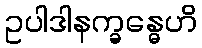
ဥပါဒါနက္ခန္ဓေဟိ